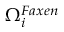
\Omega _ { i } ^ { F a x e n }